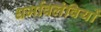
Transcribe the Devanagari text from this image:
धर्मावलंवियों